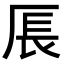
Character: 𪠍